Insane asylums in Bengal annual reports 1876-1887 - 1876-1887
Year: 1876
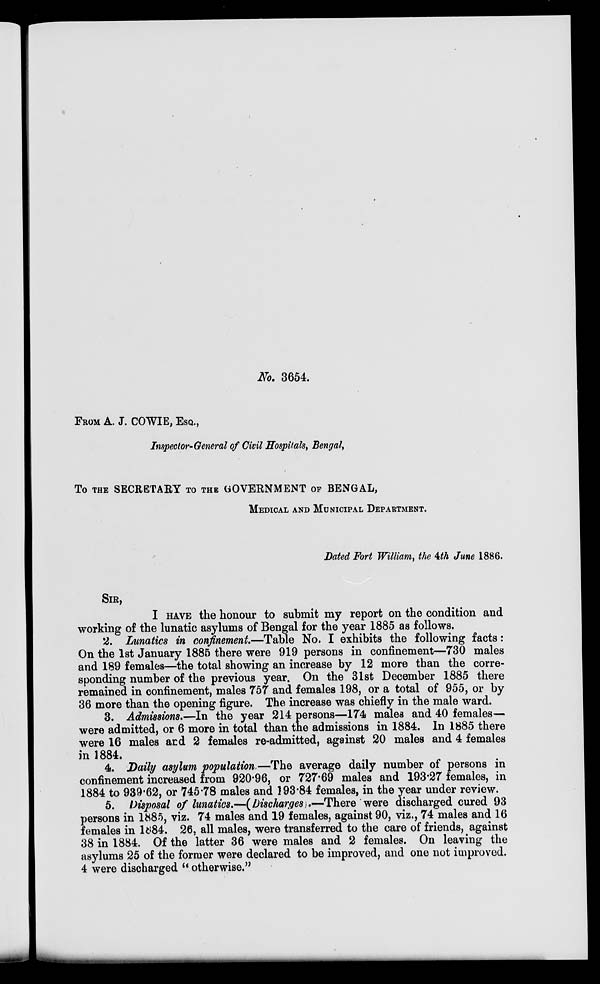
No. 3654.
FROM A. J. COWIE, ESQ.,
Inspector-General of Civil Hospitals, Bengal,
To THE SECRETARY TO THE GOVERNMENT OF BENGAL,
MEDICAL AND MUNICIPAL DEPARTMENT.
Dated Fort William, the 4th June 1886.
SIR,
I HAVE the honour to submit my report on the condition and
working of the lunatic asylums of Bengal for the year 1885 as follows.
2. Lunatics in confinement.—Table No. I exhibits the following facts:
On the 1st January 1885 there were 919 persons in confinement—730 males
and 189 females—the total showing an increase by 12 more than the corre-
sponding number of the previous year. On the 31st December 1885 there
remained in confinement, males 757 and females 198, or a total of 955, or by
36 more than the opening figure. The increase was chiefly in the male ward.
3. Admissions.—In the year 214 persons—174 males and 40 females—
were admitted, or 6 more in total than the admissions in 1884. In 1885 there
were 16 males and 2 females re-admitted, against 20 males and 4 females
in 1884.
4. Daily asylum population.—The average daily number of persons in
confinement increased from 920.96, or 727.69 males and 193.27 females, in
1884 to 939.62, or 745.78 males and 193.84 females, in the year under review.
5. Disposal of lunatics.—(Discharges).—There were discharged cured 93
persons in 1885, viz. 74 males and 19 females, against 90, viz., 74 males and 16
females in 1884. 26, all males, were transferred to the care of friends, against
38 in 1884. Of the latter 36 were males and 2 females. On leaving the
asylums 25 of the former were declared to be improved, and one not improved.
4 were discharged "otherwise."